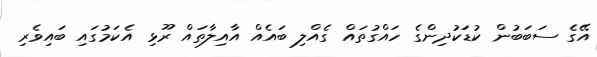
އޭގެ ސަބަބުން ކުޑަކުދިންގެ ހައްގުތައް ގެއްލި ބައެއް އާއިލާތައް ރޫޅި އެކަމުގައި ބައިވެރި